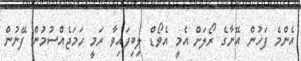
އެންމެ ފަހުން އޭނާގެ ރޯލަށް އެމީ އެވޯޑް ލިބިފައިވާ ރަމީ ހަމަޖެއްސުމުން ފޭނުން